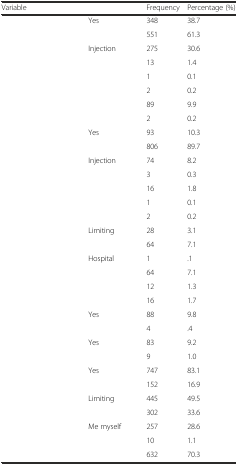
<table><thead><tr><td colspan="2"><b>Variable</b></td><td><b>Frequency</b></td><td><b>Percentage (%)</b></td></tr></thead><tbody><tr><td rowspan="2">[EMPTY_CELL]</td><td>Yes</td><td>348</td><td>38.7</td></tr><tr><td>[EMPTY_CELL]</td><td>551</td><td>61.3</td></tr><tr><td rowspan="6">[EMPTY_CELL]</td><td>Injection</td><td>275</td><td>30.6</td></tr><tr><td>[EMPTY_CELL]</td><td>13</td><td>1.4</td></tr><tr><td>[EMPTY_CELL]</td><td>1</td><td>0.1</td></tr><tr><td>[EMPTY_CELL]</td><td>2</td><td>0.2</td></tr><tr><td>[EMPTY_CELL]</td><td>89</td><td>9.9</td></tr><tr><td>[EMPTY_CELL]</td><td>2</td><td>0.2</td></tr><tr><td rowspan="2">[EMPTY_CELL]</td><td>Yes</td><td>93</td><td>10.3</td></tr><tr><td>[EMPTY_CELL]</td><td>806</td><td>89.7</td></tr><tr><td rowspan="5">[EMPTY_CELL]</td><td>Injection</td><td>74</td><td>8.2</td></tr><tr><td>[EMPTY_CELL]</td><td>3</td><td>0.3</td></tr><tr><td>[EMPTY_CELL]</td><td>16</td><td>1.8</td></tr><tr><td>[EMPTY_CELL]</td><td>1</td><td>0.1</td></tr><tr><td>[EMPTY_CELL]</td><td>2</td><td>0.2</td></tr><tr><td rowspan="2">[EMPTY_CELL]</td><td>Limiting</td><td>28</td><td>3.1</td></tr><tr><td>[EMPTY_CELL]</td><td>64</td><td>7.1</td></tr><tr><td rowspan="4">[EMPTY_CELL]</td><td>Hospital</td><td>1</td><td>.1</td></tr><tr><td>[EMPTY_CELL]</td><td>64</td><td>7.1</td></tr><tr><td>[EMPTY_CELL]</td><td>12</td><td>1.3</td></tr><tr><td>[EMPTY_CELL]</td><td>16</td><td>1.7</td></tr><tr><td rowspan="2">[EMPTY_CELL]</td><td>Yes</td><td>88</td><td>9.8</td></tr><tr><td>[EMPTY_CELL]</td><td>4</td><td>.4</td></tr><tr><td rowspan="2">[EMPTY_CELL]</td><td>Yes</td><td>83</td><td>9.2</td></tr><tr><td>[EMPTY_CELL]</td><td>9</td><td>1.0</td></tr><tr><td rowspan="2">[EMPTY_CELL]</td><td>Yes</td><td>747</td><td>83.1</td></tr><tr><td>[EMPTY_CELL]</td><td>152</td><td>16.9</td></tr><tr><td rowspan="2">[EMPTY_CELL]</td><td>Limiting</td><td>445</td><td>49.5</td></tr><tr><td>[EMPTY_CELL]</td><td>302</td><td>33.6</td></tr><tr><td rowspan="3">[EMPTY_CELL]</td><td>Me myself</td><td>257</td><td>28.6</td></tr><tr><td>[EMPTY_CELL]</td><td>10</td><td>1.1</td></tr><tr><td>[EMPTY_CELL]</td><td>632</td><td>70.3</td></tr></tbody></table>